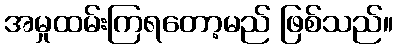
အမှုထမ်းကြရတော့မည် ဖြစ်သည်။